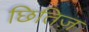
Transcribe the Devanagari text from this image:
छितिज़